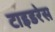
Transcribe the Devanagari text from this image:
टाइडरेस